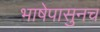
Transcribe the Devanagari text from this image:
भाषेपासुनच